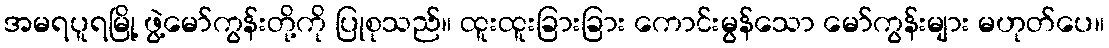
အမရပူရမြို့ ဖွဲ့မော်ကွန်းတို့ကို ပြုစုသည်။ ထူးထူးခြားခြား ကောင်းမွန်သော မော်ကွန်းများ မဟုတ်ပေ။